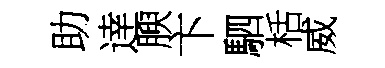
助逹腴卞駟栝威